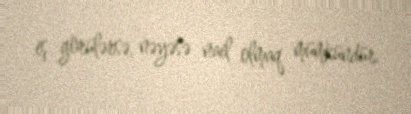
iş görülərsə, nəyəsə nail olmaq mümkündür.